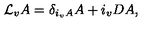
{ \cal L } _ { v } A = \delta _ { i _ { v } A } A + i _ { v } D A ,